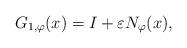
LaTeX: \begin{align*}G_{1, \varphi}(x) = I + \varepsilon N_{\varphi}(x),\end{align*}